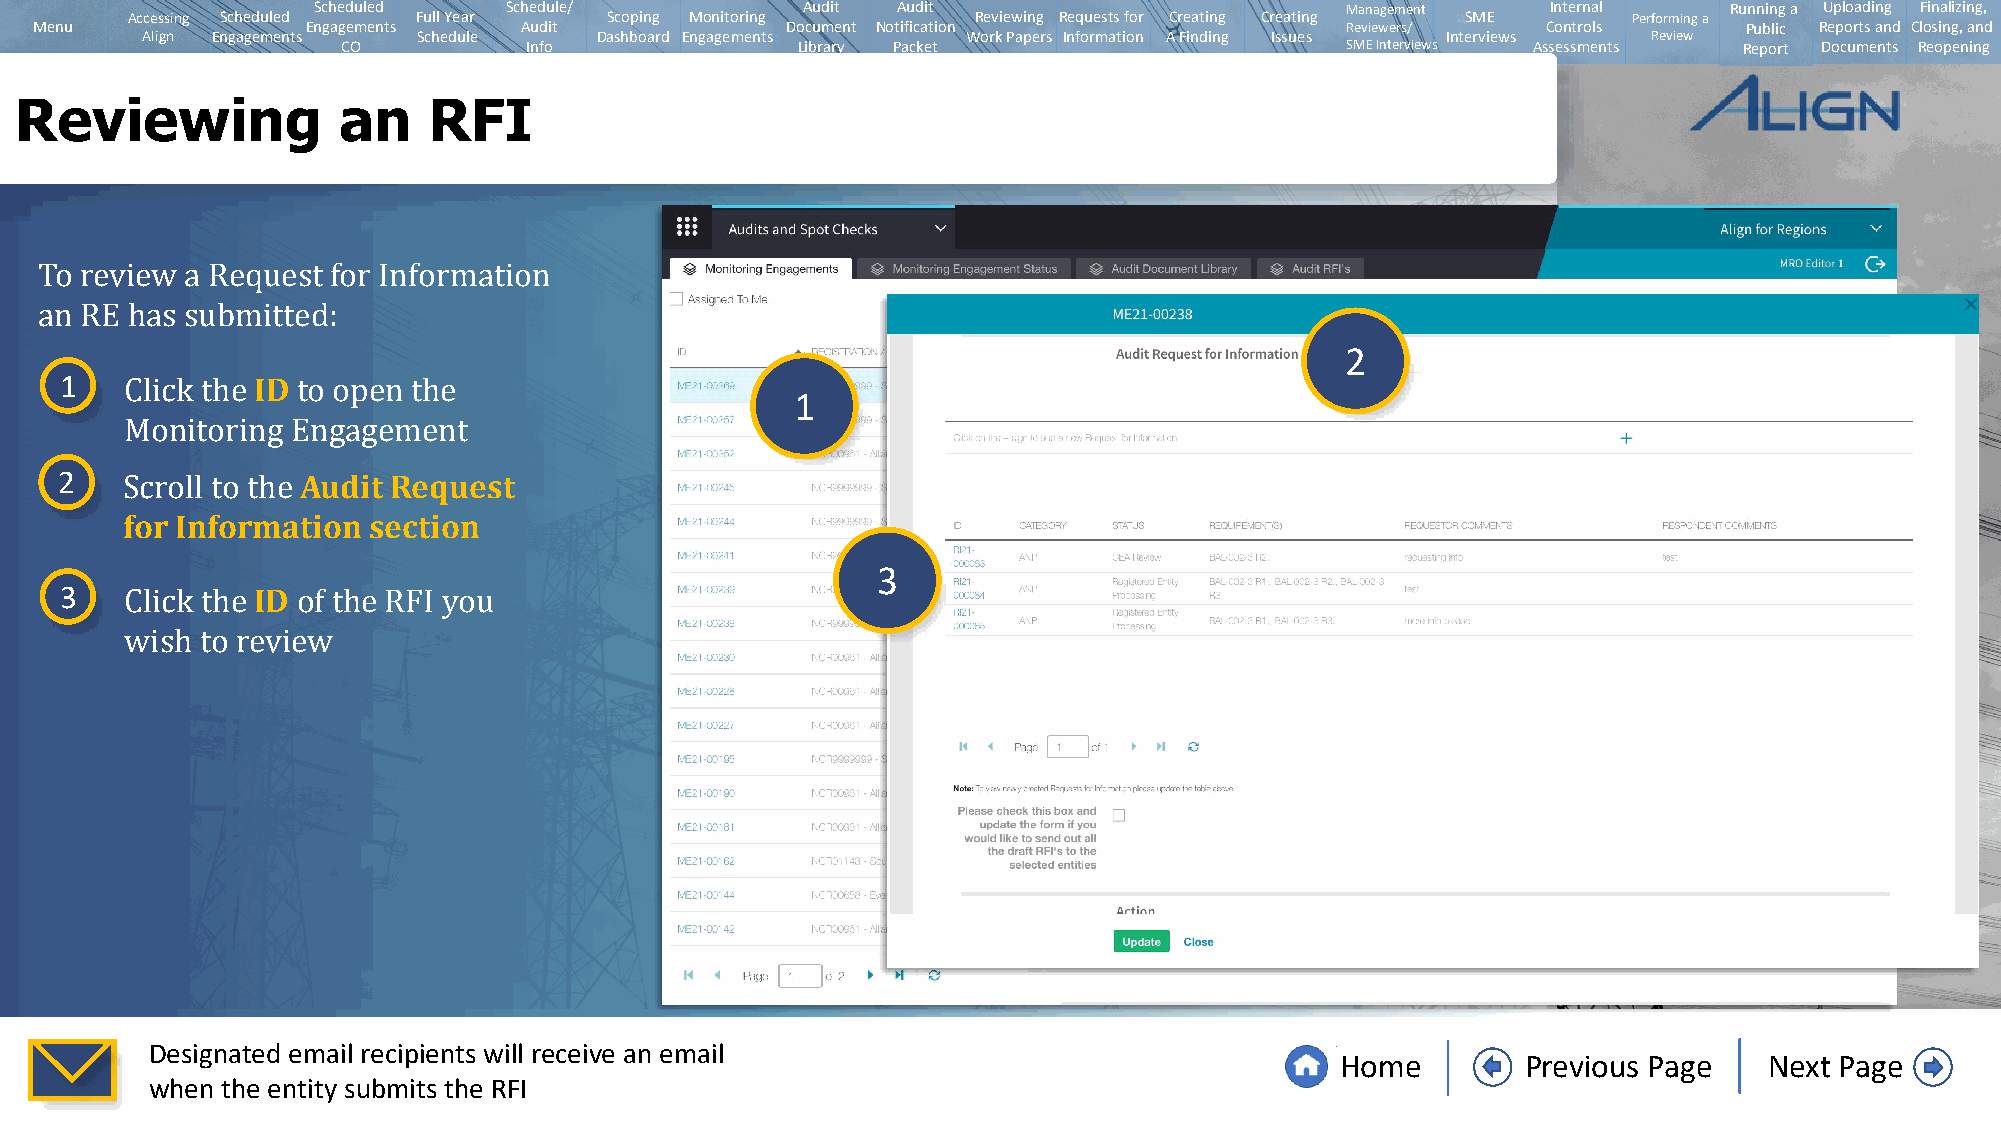
Scheduled   Schedule/           Audit Audit                         Management    Internal   Running a Uploading Finalizing,
 Accessing Scheduled Full Year   Scoping Monitoring       Reviewing Requests for Creating Creating SME Performing a
 Menu              Engagements   Audit             Document Notification                Reviewers/   Controls      Public Reports and Closing, and
 Align Engagements  Schedule   Dashboard Engagements    Work Papers Information A Finding Issues Interviews Review
 CO          Info              Library Packet                      SMEInterviews Assessments Report Documents Reopening
 Reviewing            an    RFI
 To review a Request for Information
 2
 an1 RE has submIiDtted:
 1
 Click the   to open the
 2               Audit Request
 Monitoring Engagement
 for Information section
 Scroll to the
 3
 3            ID
 Click the   of the RFI you
 wish to review
 Designated email recipients will receive an email
 Home        Previous Page   Next Page
 when the entity submits the RFI